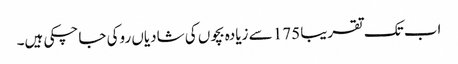
اب تک تقریبا 175 سے زیادہ بچوں کی شادیاں روکی جا چکی ہیں۔